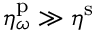
\eta _ { \omega } ^ { \mathrm { p } } \gg \eta ^ { \mathrm { s } }